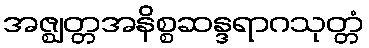
အဇ္ဈတ္တအနိစ္စဆန္ဒရာဂသုတ္တံ